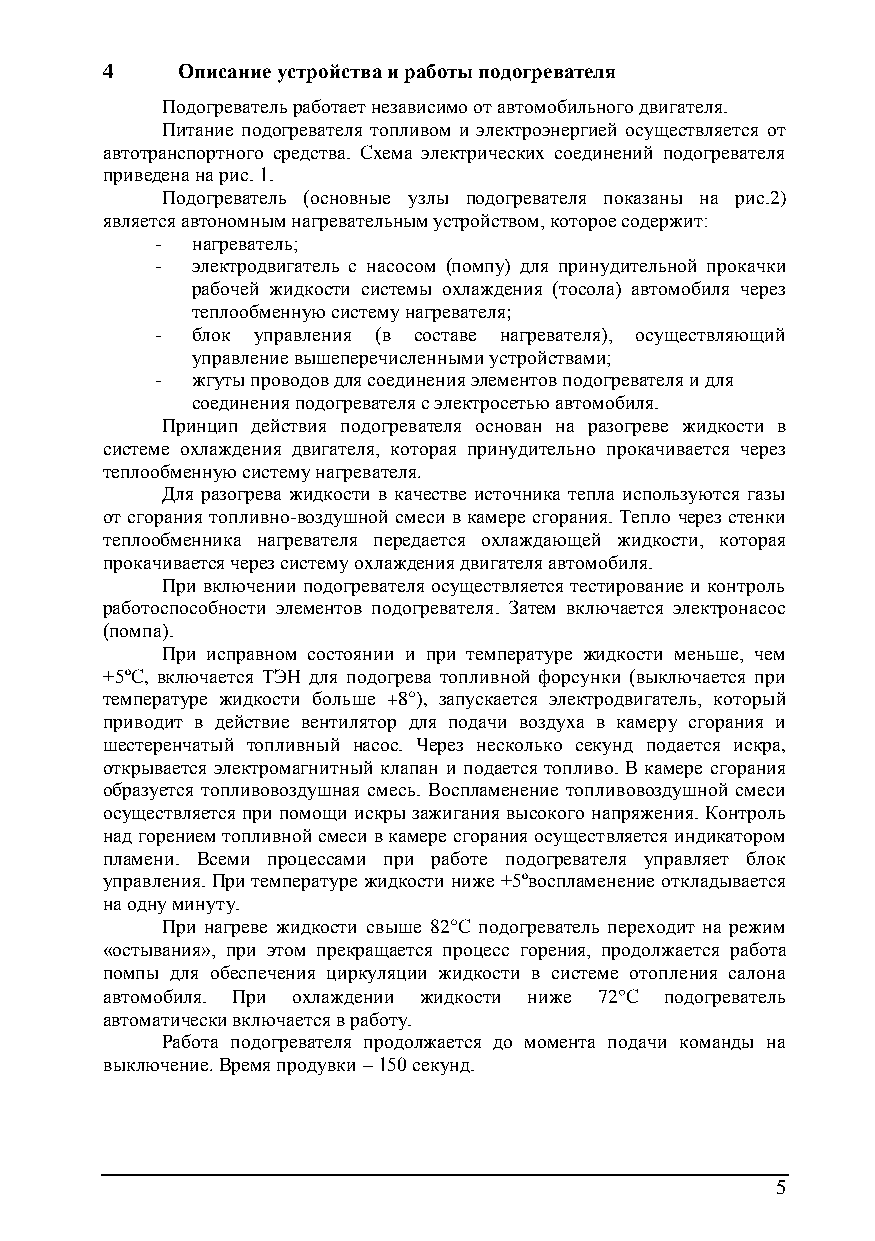
4    Описание устройства и работы подогревателя
 Подогреватель работает независимо от автомобильного двигателя.
 Питание подогревателя топливом и электроэнергией осуществляется от
 автотранспортного средства. Схема электрических соединений подогревателя
 приведена на рис. 1.
 Подогреватель (основные узлы подогревателя показаны на рис.2)
 является автономным нагревательным устройством, которое содержит:
 -  нагреватель;
 -  электродвигатель с насосом (помпу) для принудительной прокачки
 рабочей жидкости системы охлаждения (тосола) автомобиля через
 теплообменную систему нагревателя;
 -  блок управления (в составе нагревателя), осуществляющий
 управление вышеперечисленными устройствами;
 -  жгуты проводов для соединения элементов подогревателя и для
 соединения подогревателя с электросетью автомобиля.
 Принцип действия подогревателя основан на разогреве жидкости в
 системе охлаждения двигателя, которая принудительно прокачивается через
 теплообменную систему нагревателя.
 Для разогрева жидкости в качестве источника тепла используются газы
 от сгорания топливно-воздушной смеси в камере сгорания. Тепло через стенки
 теплообменника нагревателя передается охлаждающей жидкости, которая
 прокачивается через систему охлаждения двигателя автомобиля.
 При включении подогревателя осуществляется тестирование и контроль
 работоспособности элементов подогревателя. Затем включается электронасос
 (помпа).
 При исправном состоянии и при температуре жидкости меньше, чем
 +5ºС, включается ТЭН для подогрева топливной форсунки (выключается при
 температуре жидкости больше +8°), запускается электродвигатель, который
 приводит в действие вентилятор для подачи воздуха в камеру сгорания и
 шестеренчатый топливный насос. Через несколько секунд подается искра,
 открывается электромагнитный клапан и подается топливо. В камере сгорания
 образуется топливовоздушная смесь. Воспламенение топливовоздушной смеси
 осуществляется при помощи искры зажигания высокого напряжения. Контроль
 над горением топливной смеси в камере сгорания осуществляется индикатором
 пламени. Всеми процессами при работе подогревателя управляет блок
 управления. При температуре жидкости ниже +5ºвоспламенение откладывается
 на одну минуту.
 При нагреве жидкости свыше 82°C подогреватель переходит на режим
 «остывания», при этом прекращается процесс горения, продолжается работа
 помпы для обеспечения циркуляции жидкости в системе отопления салона
 автомобиля. При охлаждении жидкости ниже 72С подогреватель
 автоматически включается в работу.
 Работа подогревателя продолжается до момента подачи команды на
 выключение. Время продувки – 150 секунд.
 5